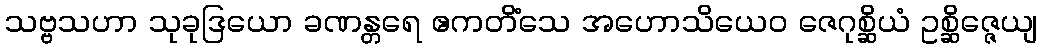
သဗ္ဗသဟာ သုခုဒြယော ခဏန္တရေ ဧကတိံသေ အဟောသိယေဝ ဇေဂုစ္ဆိယံ ဥစ္ဆိဇ္ဇေယျ